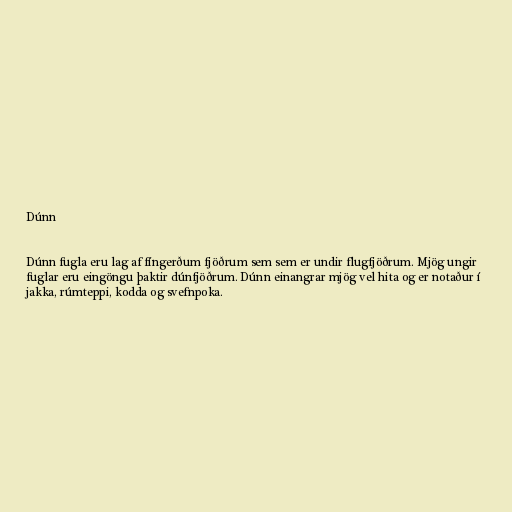
Dúnn

Dúnn fugla eru lag af fíngerðum fjöðrum sem sem er undir flugfjöðrum. Mjög ungir
fuglar eru eingöngu þaktir dúnfjöðrum. Dúnn einangrar mjög vel hita og er notaður í
jakka, rúmteppi, kodda og svefnpoka.